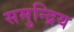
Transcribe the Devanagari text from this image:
समुन्द्रिय